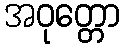
အဝုတ္တော